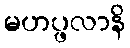
မဟပ္ဖလာနိ